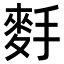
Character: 𪌐